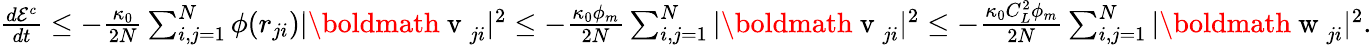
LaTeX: \begin{array}{r}{\frac{d\mathcal{E}^{c}}{dt}\leq-\frac{\kappa_{0}}{2N}\sum_{i,j=1}^{N}\phi(r_{ji})|\mathrm{\boldmath~v~}_{ji}|^{2}\leq-\frac{\kappa_{0}\phi_{m}}{2N}\sum_{i,j=1}^{N}|\mathrm{\boldmath~v~}_{ji}|^{2}\leq-\frac{\kappa_{0}C_{L}^{2}\phi_{m}}{2N}\sum_{i,j=1}^{N}|\mathrm{\boldmath~w~}_{ji}|^{2}.}\end{array}